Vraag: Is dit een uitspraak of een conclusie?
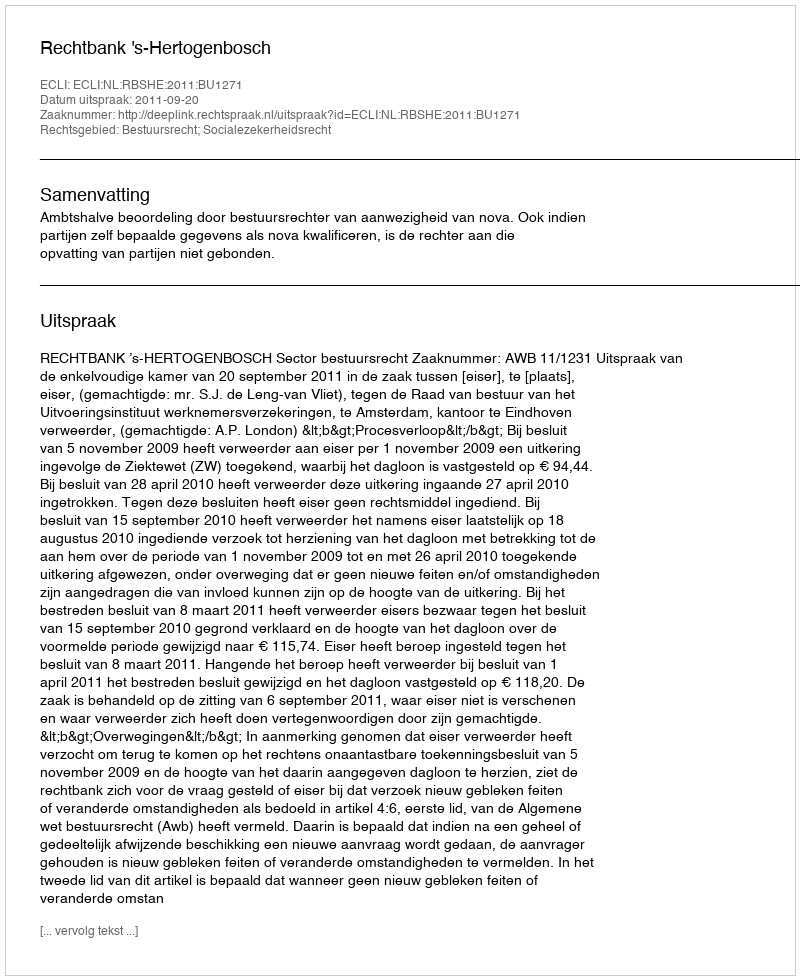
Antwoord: Uitspraak